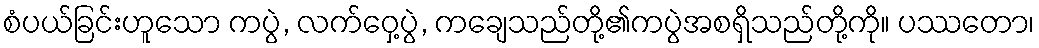
စံပယ်ခြင်းဟူသော ကပွဲ, လက်ဝှေ့ပွဲ, ကချေသည်တို့၏ကပွဲအစရှိသည်တို့ကို။ ပဿတော၊